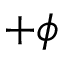
+ \phi